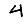
Digit: 4